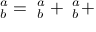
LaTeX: \mathbf { \omega } _ { b } ^ { a } = \mathbf { \alpha } _ { b } ^ { a } + \mathbf { \beta } _ { b } ^ { a } +